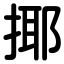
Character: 揶